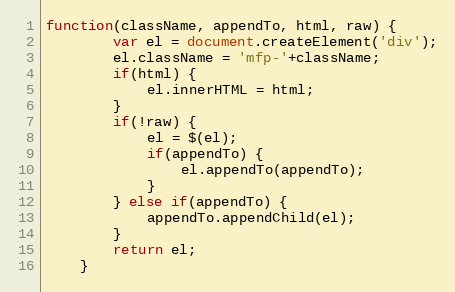
Language: JavaScript
function(className, appendTo, html, raw) {
		var el = document.createElement('div');
		el.className = 'mfp-'+className;
		if(html) {
			el.innerHTML = html;
		}
		if(!raw) {
			el = $(el);
			if(appendTo) {
				el.appendTo(appendTo);
			}
		} else if(appendTo) {
			appendTo.appendChild(el);
		}
		return el;
	}